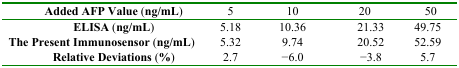
<table><thead><tr><td><b>Added AFP Value (ng/mL)</b></td><td><b>5</b></td><td><b>10</b></td><td><b>20</b></td><td><b>50</b></td></tr></thead><tbody><tr><td><b>ELISA</b> (<b>ng/mL</b>)</td><td>5.18</td><td>10.36</td><td>21.33</td><td>49.75</td></tr><tr><td><b>The Present Immunosensor</b> (<b>ng/mL</b>)</td><td>5.32</td><td>9.74</td><td>20.52</td><td>52.59</td></tr><tr><td><b>Relative Deviations</b> (<b>%</b>)</td><td>2.7</td><td>−6.0</td><td>−3.8</td><td>5.7</td></tr></tbody></table>